Civil Veterinary Dept. Bombay admin report 1914-1922 - 1914-1922
Year: 1914
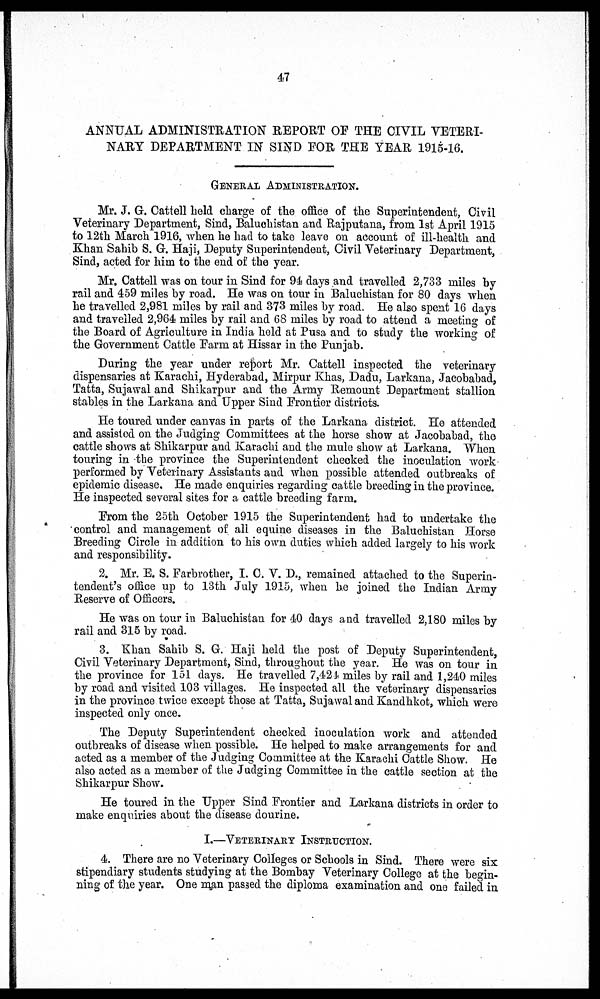
47
ANNUAL ADMINISTRATION REPORT OF THE CIVIL VETERI-
NARY DEPARTMENT IN SIND FOR THE YEAR 1915-16.
GENERAL ADMINISTRATION.
Mr. J. G. Cattell held charge of the office of the Superintendent, Civil
Veterinary Department, Sind, Baluchistan and Rajputana, from 1st April 1915
to 12th March 1916, when he had to take leave on account of ill-health and
Khan Sahib S. G. Haji, Deputy Superintendent, Civil Veterinary Department,
Sind, acted for him to the end of the year.
Mr. Cattell was on tour in Sind for 94 days and travelled 2,733 miles by
rail and 459 miles by road. He was on tour in Baluchistan for 80 days when
he travelled 2,981 miles by rail and 373 miles by road. He also spent 16 days
and travelled 2,964 miles by rail and 68 miles by road to attend a meeting of
the Board of Agriculture in India held at Pusa and to study the working of
the Government Cattle Farm at Hissar in the Punjab.
During the year under report Mr. Cattell inspected the veterinary
dispensaries at Karachi, Hyderabad, Mirpur Khas, Dadu, Larkana, Jacobabad,
Tatta, Sujawal and Shikarpur and the Army Remount Department stallion
stables in the Larkana and Upper Sind Frontier districts.
He toured under canvas in parts of the Larkana district. He attended
and assisted on the Judging Committees at the horse show at Jacobabad, the
cattle shows at Shikarpur and Karachi and the mule show at Larkana. When
touring in the province the Superintendent checked the inoculation work
performed by Veterinary Assistants and when possible attended outbreaks of
epidemic disease. He made enquiries regarding cattle breeding in the province.
He inspected several sites for a cattle breeding farm.
From the 25th October 1915 the Superintendent had to undertake the
control and management of all equine diseases in the Baluchistan Horse
Breeding Circle in addition to his own duties which added largely to his work
and responsibility.
2. Mr. E. S. Farbrother, I. C. V. D., remained attached to the Superin-
tendent's office up to 13th July 1915, when he joined the Indian Army
Reserve of Officers.
He was on tour in Baluchistan for 40 days and travelled 2,180 miles by
rail and 315 by road.
3. Khan Sahib S. G. Haji held the post of Deputy Superintendent,
Civil Veterinary Department, Sind, throughout the year. He was on tour in
the province for 151 days. He travelled 7,424 miles by rail and 1,240 miles
by road and visited 103 villages. He inspected all the veterinary dispensaries
in the province twice except those at Tatta, Sujawal and Kandhkot, which were
inspected only once.
The Deputy Superintendent checked inoculation work and attended
outbreaks of disease when possible. He helped to make arrangements for and
acted as a member of the Judging Committee at the Karachi Cattle Show. He
also acted as a member of the Judging Committee in the cattle section at the
Shikarpur Show.
He toured in the Upper Sind Frontier and Larkana districts in order to
make enquiries about the disease dourine.
I.—VETERINARY INSTRUCTION.
4. There are no Veterinary Colleges or Schools in Sind. There were six
stipendiary students studying at the Bombay Veterinary College at the begin-
ning of the year. One man passed the diploma examination and one failed in